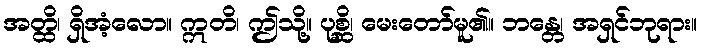
အတ္ထိ၊ ရှိအံ့လော။ ဣတိ၊ ဤသို့။ ပုစ္ဆိ၊ မေးတော်မူ၏။ ဘန္တေ၊ အရှင်ဘုရား။